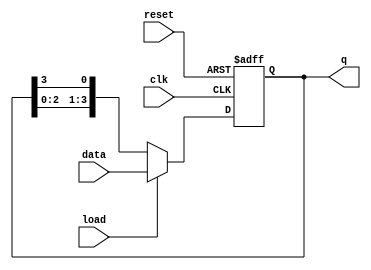
module LoadableRingCounter #(
    parameter N = 4  // Parameter for the number of bits in the counter
)(
    input wire clk,               // Clock signal
    input wire reset,             // Asynchronous reset
    input wire load,              // Load control signal
    input wire [N-1:0] data,      // Input data bus for loading
    output reg [N-1:0] q          // Output representing the current state of the counter
);

    // Internal signal to hold the next state
    reg [N-1:0] next_q;

    always @(posedge clk or posedge reset) begin
        if (reset) begin
            // On reset, initialize to a default state (e.g., 0001)
            q <= 1'b1; // or q <= {N-1{1'b0}, 1'b1}; for a single '1' at LSB
        end else if (load) begin
            // Load the new value into the counter
            q <= data;
        end else begin
            // Normal operation: Shift the '1' in a circular manner
            next_q = {q[N-2:0], q[N-1]}; // Shift left
            q <= next_q;
        end
    end

endmodule